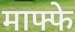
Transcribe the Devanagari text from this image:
माफ्फे